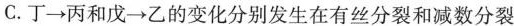
C.丁\rightarrow丙和戊\rightarrow乙的变化分别发生在有丝分裂和减数分裂